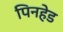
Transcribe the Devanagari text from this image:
पिनहेड